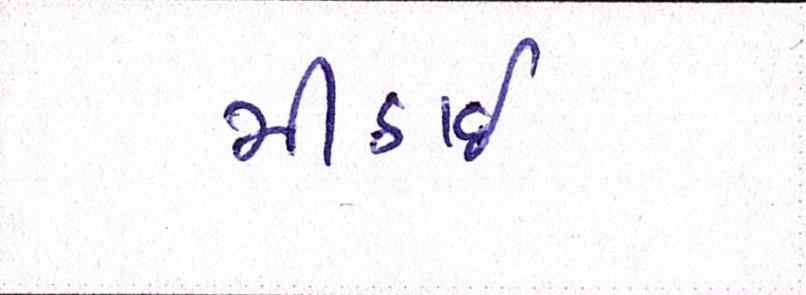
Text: મીઠાઈ